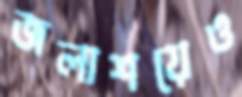
জলাশয়েও